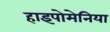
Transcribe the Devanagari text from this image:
हाइपोमेनिया